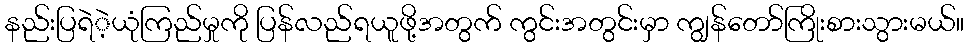
နည်းပြရဲဲ့ယုံကြည်မှုကို ပြန်လည်ရယူဖို့အတွက် ကွင်းအတွင်းမှာ ကျွန်တော်ကြိုးစားသွားမယ်။